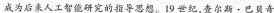
成为后来人工智能研究的指导思想。19世纪，查尔斯·巴贝奇